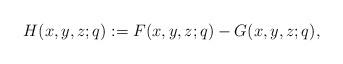
LaTeX: \begin{align*}H(x,y,z;q):=F(x,y,z;q)-G(x,y,z;q),\end{align*}